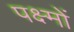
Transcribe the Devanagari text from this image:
पक्ष्मों